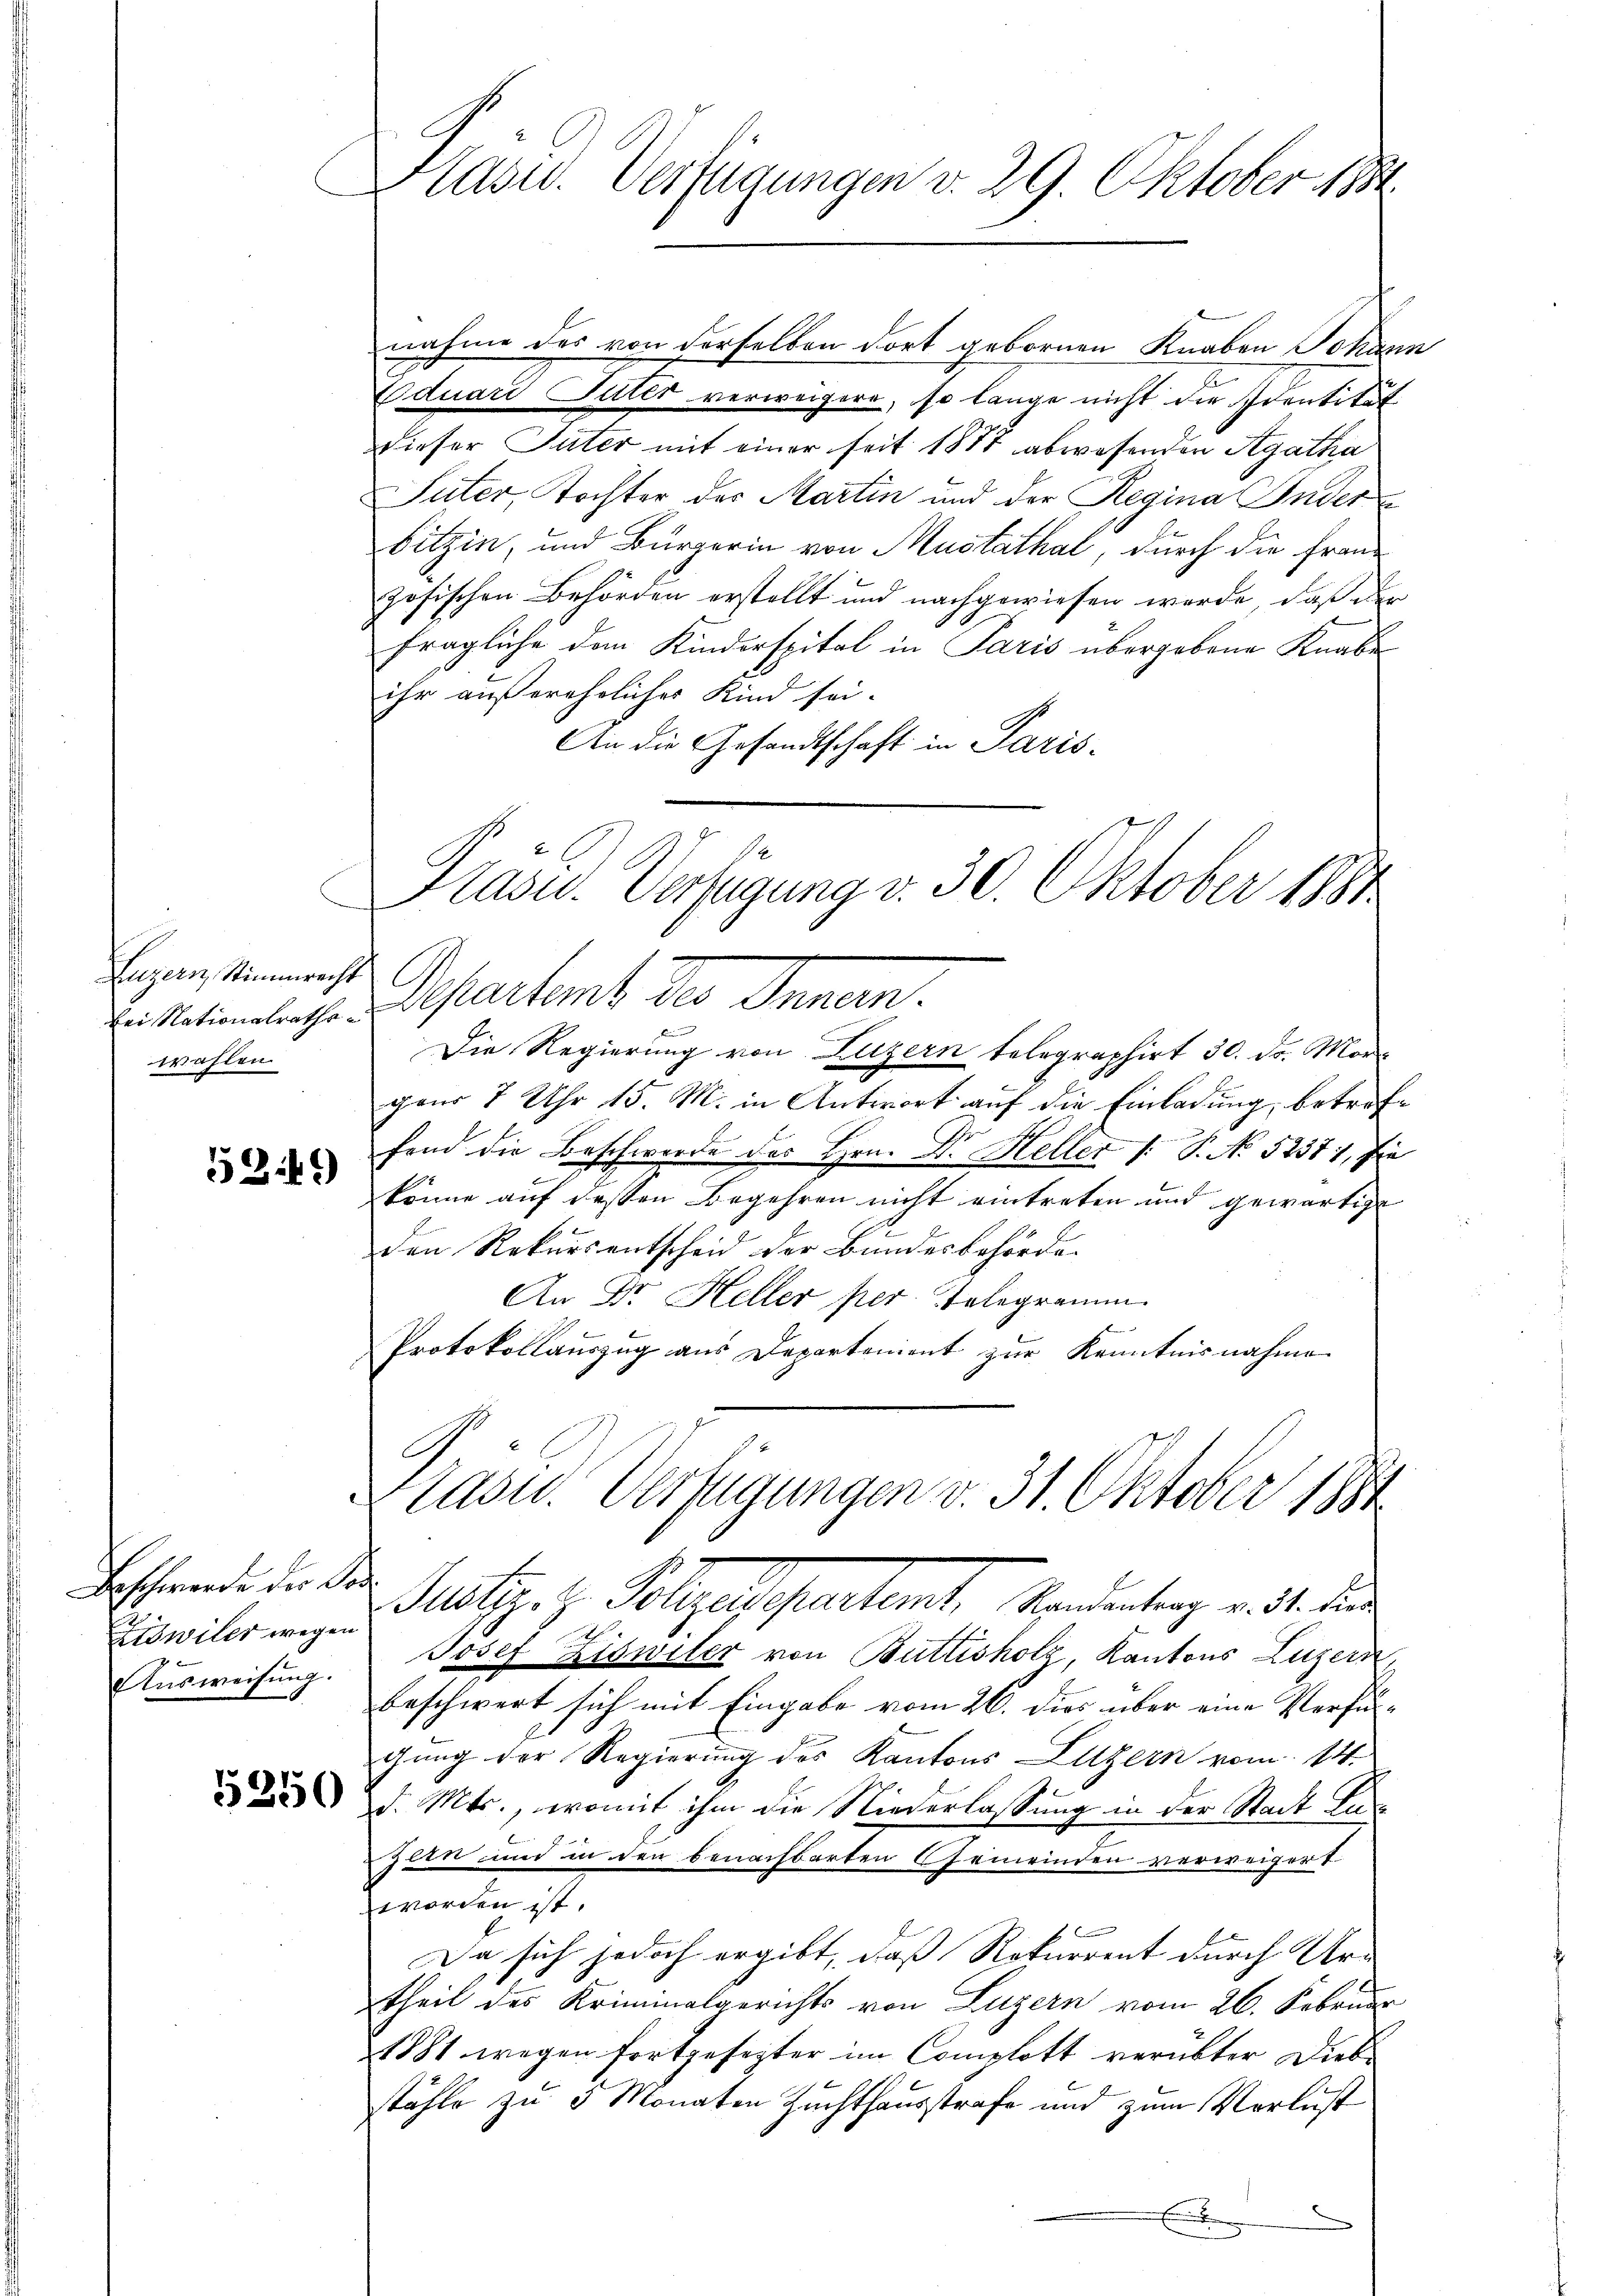
Luzern Stimmrecht
wahlen.

1341)

Beschwerde der Dar
Ziswiler wegen
Ausweisung.

Kasid. Verfügungen v. 29. Oktober 1884

nahme des von derselben dort gebornen Knaben Johann
Eduard Suter verweigere, so lange nicht die Identität
dieser Suter mit einer seit 1877 abwesenden Agatha
Suter, Tochter des Martin und der Regina Inder
bitzin, und Bürgerin von Mustathal, durch die Franz
zösischen Behörden erstellt und nachgewiesen werde, daß der
fragliche dem Kinderspital in Paris übergebene Knabe
ihr außerehelicher Kind sei.
An die Gesandtschaft in Paris

Kasid. Verfügung v. 30. Oktober 1880

E. Stationalange Departent des Innern.
Die Regierung von Luzern telegraphirt 30. Fr. Morgon 7 Uhr 15. M. in Antwort auf die Einladung, betreffend die Beschwerde des Hrn. Dr. Heller 1. P. No 52371, sie
könne auf dessen Begehren nicht eintreten und gewärtige
den Rekursentscheid der Bundesbehörde
An Dr. Heller per Telegramm
Protokollauszug aus Departement zur Kenntnisnahme
Platz. v. Polzes heutent, Sondertung mit de
Josef Ziswiler von Buttisholz, Kantons Luzern,
beschwert sich mit Eingabe vom 26. dies über eine Verfügung der Regierung des Kantons Luzern vom 14.
 2. d. Mts., womit ihm die Niederlassung in der Stadt Lan¬
Zeen und in den benachbarten Gemeinden verweigert
worden ist.
Da sich jedoch ergibt, daß Rekurrent durch Ur-
theil des Kriminalgerichts von Luzern vom 26. Februar
1881 wegen fortgesezter im Complott verübter Diebstähle zu 3 Monaten Zuchthausstrafe und zum Verlust
E

ass. Verfügungen v. 31. Oktober 1881

6